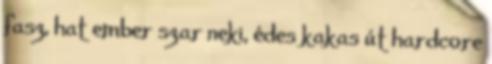
fasz, hat ember szar neki, édes kakas út hardcore